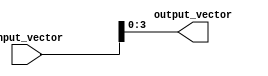
module PartSelectContinuousAssignment (
    input  wire [7:0] input_vector,  // 8-bit input vector
    output wire [3:0] output_vector   // 4-bit output vector
);

// Continuous assignment using part select
assign output_vector = input_vector[3:0]; // Assigning the lower 4 bits of input_vector to output_vector

endmodule